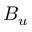
B _ { u }